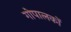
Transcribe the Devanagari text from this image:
गोपालकों